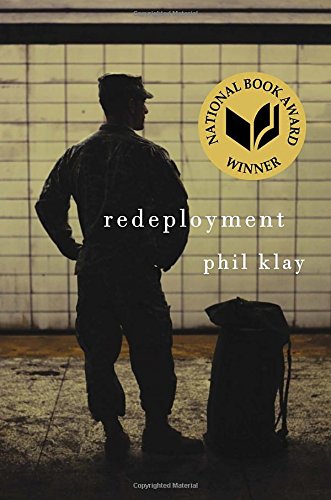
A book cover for Redeployment; Phil Klay; Literature & Fiction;